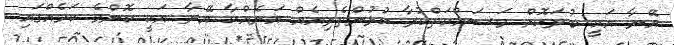
އޭނާ އަކީ ބުރަކޮށް މަސައްކަތްކުރާ ކުޅުންތެރިއެއް އަނެއްކާ އޭނާ އަކީ ކޮންމެ ކަމެއްގައި